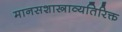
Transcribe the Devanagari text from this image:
मानसशास्त्राव्यतिरिक्त